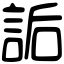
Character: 詬